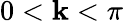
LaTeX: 0<\mathbf{k}<\pi